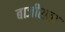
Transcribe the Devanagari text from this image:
बाजीरावा